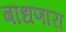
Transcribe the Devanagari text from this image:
बांधणारा